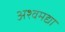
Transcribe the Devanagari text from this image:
अश्वमद्या